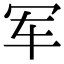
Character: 军